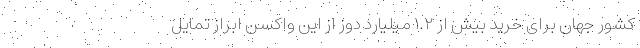
کشور جهان برای خرید بیش از ۱.۲ میلیارد دوز از این واکسن ابراز تمایل